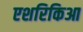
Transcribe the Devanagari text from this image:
एशरिकिआ